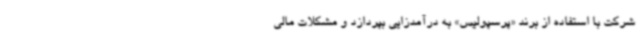
شرکت با استفاده از برند «پرسپولیس» به درآمدزایی بپردازد و مشکلات مالی